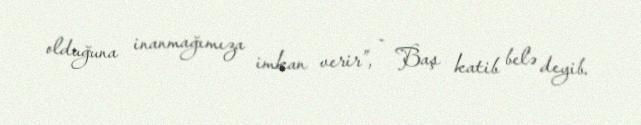
olduğuna inanmağımıza imkan verir”, - Baş katib belə deyib.